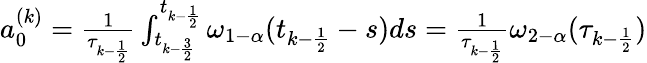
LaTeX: \begin{array}{r}{a_{0}^{(k)}=\frac{1}{\tau_{k-\frac{1}{2}}}\int_{t_{k-\frac{3}{2}}}^{t_{k-\frac{1}{2}}}\omega_{1-\alpha}(t_{k-\frac{1}{2}}-s)ds=\frac{1}{\tau_{k-\frac{1}{2}}}\omega_{2-\alpha}(\tau_{k-\frac{1}{2}})}\end{array}